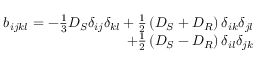
\begin{array} { r } { \begin{array} { r } { b _ { i j k l } = - \frac { 1 } { 3 } D _ { S } \delta _ { i j } \delta _ { k l } + \frac { 1 } { 2 } \left( D _ { S } + D _ { R } \right) \delta _ { i k } \delta _ { j l } } \\ { + \frac { 1 } { 2 } \left( D _ { S } - D _ { R } \right) \delta _ { i l } \delta _ { j k } } \end{array} } \end{array}